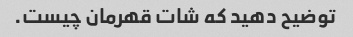
توضیح دهید که شات قهرمان چیست.